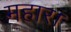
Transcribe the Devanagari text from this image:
महार।